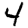
Digit: 4